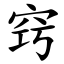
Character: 窍